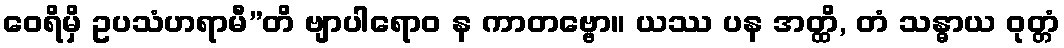
ဝေရိမှိ ဥပသံဟရာမီ”တိ ဗျာပါရောဝ န ကာတဗ္ဗော။ ယဿ ပန အတ္ထိ, တံ သန္ဓာယ ဝုတ္တံ